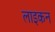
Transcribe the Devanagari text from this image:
लाइकन